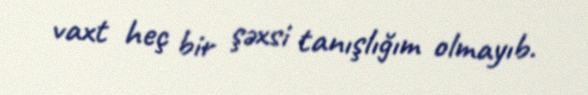
vaxt heç bir şəxsi tanışlığım olmayıb.